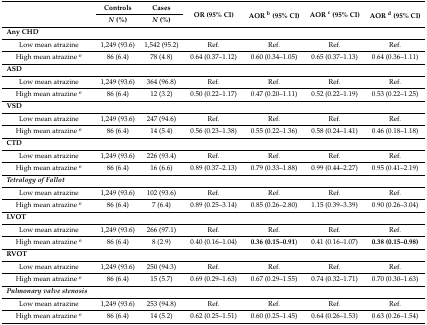
<table><thead><tr><td rowspan="2"></td><td><b>Controls</b></td><td><b>Cases</b></td><td rowspan="2"><b>OR (95% CI)</b></td><td rowspan="2"><b>AOR <sup>b</sup> (95% CI)</b></td><td rowspan="2"><b>AOR <sup>c</sup> (95% CI)</b></td><td rowspan="2"><b>AOR <sup>d</sup> (95% CI)</b></td></tr><tr><td><b><i>N</i> (%)</b></td><td><b><i>N</i> (%)</b></td></tr></thead><tbody><tr><td><b>Any CHD</b></td><td></td><td></td><td></td><td></td><td></td><td></td></tr><tr><td>Low mean atrazine</td><td>1,249 (93.6)</td><td>1,542 (95.2)</td><td>Ref.</td><td>Ref.</td><td>Ref.</td><td>Ref.</td></tr><tr><td>High mean atrazine <sup>e</sup></td><td>86 (6.4)</td><td>78 (4.8)</td><td>0.64 (0.37–1.12)</td><td>0.60 (0.34–1.05)</td><td>0.65 (0.37–1.13)</td><td>0.64 (0.36–1.11)</td></tr><tr><td><b>ASD</b></td><td></td><td></td><td></td><td></td><td></td><td></td></tr><tr><td>Low mean atrazine</td><td>1,249 (93.6)</td><td>364 (96.8)</td><td>Ref.</td><td>Ref.</td><td>Ref.</td><td>Ref.</td></tr><tr><td>High mean atrazine <sup>e</sup></td><td>86 (6.4)</td><td>12 (3.2)</td><td>0.50 (0.22–1.17)</td><td>0.47 (0.20–1.11)</td><td>0.52 (0.22–1.19)</td><td>0.53 (0.22–1.25)</td></tr><tr><td><b>VSD</b></td><td></td><td></td><td></td><td></td><td></td><td></td></tr><tr><td>Low mean atrazine</td><td>1,249 (93.6)</td><td>247 (94.6)</td><td>Ref.</td><td>Ref.</td><td>Ref.</td><td>Ref.</td></tr><tr><td>High mean atrazine <sup>e</sup></td><td>86 (6.4)</td><td>14 (5.4)</td><td>0.56 (0.23–1.38)</td><td>0.55 (0.22–1.36)</td><td>0.58 (0.24–1.41)</td><td>0.46 (0.18–1.18)</td></tr><tr><td><b>CTD</b></td><td></td><td></td><td></td><td></td><td></td><td></td></tr><tr><td>Low mean atrazine</td><td>1,249 (93.6)</td><td>226 (93.4)</td><td>Ref.</td><td>Ref.</td><td>Ref.</td><td>Ref.</td></tr><tr><td>High mean atrazine <sup>e</sup></td><td>86 (6.4)</td><td>16 (6.6)</td><td>0.89 (0.37–2.13)</td><td>0.79 (0.33–1.88)</td><td>0.99 (0.44–2.27)</td><td>0.95 (0.41–2.19)</td></tr><tr><td><b><i>Tetralogy of Fallot</i></b></td><td></td><td></td><td></td><td></td><td></td><td></td></tr><tr><td>Low mean atrazine</td><td>1,249 (93.6)</td><td>102 (93.6)</td><td>Ref.</td><td>Ref.</td><td>Ref.</td><td>Ref.</td></tr><tr><td>High mean atrazine <sup>e</sup></td><td>86 (6.4)</td><td>7 (6.4)</td><td>0.89 (0.25–3.14)</td><td>0.85 (0.26–2.80)</td><td>1.15 (0.39–3.39)</td><td>0.90 (0.26–3.04)</td></tr><tr><td><b>LVOT</b></td><td></td><td></td><td></td><td></td><td></td><td></td></tr><tr><td>Low mean atrazine</td><td>1,249 (93.6)</td><td>266 (97.1)</td><td>Ref.</td><td>Ref.</td><td>Ref.</td><td>Ref.</td></tr><tr><td>High mean atrazine <sup>e</sup></td><td>86 (6.4)</td><td>8 (2.9)</td><td>0.40 (0.16–1.04)</td><td><b>0.36 (0.15–0.91</b>)</td><td>0.41 (0.16–1.07)</td><td><b>0.38 (0.15–0.98)</b></td></tr><tr><td><b>RVOT</b></td><td></td><td></td><td></td><td></td><td></td><td></td></tr><tr><td>Low mean atrazine</td><td>1,249 (93.6)</td><td>250 (94.3)</td><td>Ref.</td><td>Ref.</td><td>Ref.</td><td>Ref.</td></tr><tr><td>High mean atrazine <sup>e</sup></td><td>86 (6.4)</td><td>15 (5.7)</td><td>0.69 (0.29–1.63)</td><td>0.67 (0.29–1.55)</td><td>0.74 (0.32–1.71)</td><td>0.70 (0.30–1.63)</td></tr><tr><td><b><i>Pulmonary valve stenosis</i></b></td><td></td><td></td><td></td><td></td><td></td><td></td></tr><tr><td>Low mean atrazine</td><td>1,249 (93.6)</td><td>253 (94.8)</td><td>Ref.</td><td>Ref.</td><td>Ref.</td><td>Ref.</td></tr><tr><td>High mean atrazine <sup>e</sup></td><td>86 (6.4)</td><td>14 (5.2)</td><td>0.62 (0.25–1.51)</td><td>0.60 (0.25–1.45)</td><td>0.64 (0.26–1.53)</td><td>0.63 (0.26–1.54)</td></tr></tbody></table>